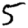
Digit: 5